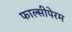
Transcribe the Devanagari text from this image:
फाल्सीपेरम